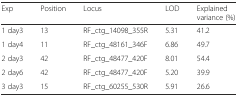
<table><thead><tr><td><b>Exp</b></td><td><b>Position</b></td><td><b>Locus</b></td><td><b>LOD</b></td><td><b>Explained variance (%)</b></td></tr></thead><tbody><tr><td>1 day3</td><td>13</td><td>RF_ctg_14098_355R</td><td>5.31</td><td>41.2</td></tr><tr><td>1 day4</td><td>11</td><td>RF_ctg_48161_346F</td><td>6.86</td><td>49.7</td></tr><tr><td>2 day3</td><td>42</td><td>RF_ctg_48477_420F</td><td>8.01</td><td>54.4</td></tr><tr><td>2 day6</td><td>42</td><td>RF_ctg_48477_420F</td><td>5.20</td><td>39.9</td></tr><tr><td>3 day3</td><td>15</td><td>RF_ctg_60255_530R</td><td>5.91</td><td>26.6</td></tr></tbody></table>